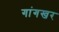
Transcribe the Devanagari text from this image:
गांगखर